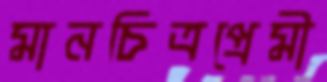
মানচিত্রপ্রেমী